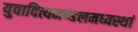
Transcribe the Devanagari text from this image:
युवादित्यमण्डलमध्यस्थां